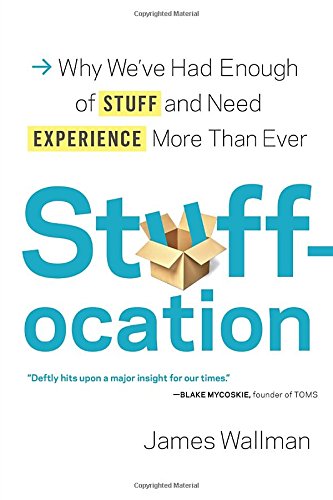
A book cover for Stuffocation: Why We've Had Enough of Stuff and Need Experience More Than Ever; James Wallman; Business & Money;